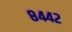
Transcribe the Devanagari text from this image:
८४४२